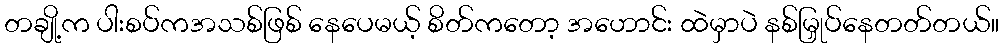
တချို့က ပါးစပ်ကအသစ်ဖြစ် နေပေမယ့် စိတ်ကတော့ အဟောင်း ထဲမှာပဲ နစ်မြှုပ်နေတတ်တယ်။